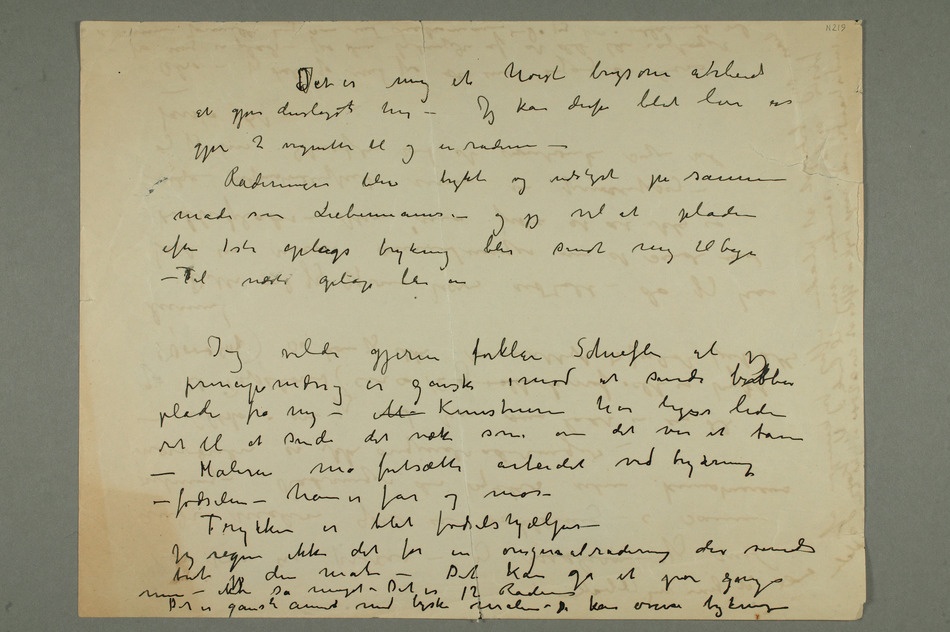
JDet er mig et høist brysomt arbeide
at gjøre denslagst her – Jeg kan derfor blot love at
gjøre 2 vignetter til og en radering
– Raderingen blir trykt og udstyrt på samme
måde som Liebermanns – og jeg vil at pladen
efter 1ste oplags trykning blir sendt mig tilbage
– Til næste oplag blir en
Jeg vilde gjerne forklare Schiefler at
pladen fra mig – M Kunstneren har ligeså liden
ret til at sende det væk som om det
– Maleren må forsætte arbeidet ved trykning
– fødselen – han er far og mor –
Trykkeren er blot fødselshjælper –
Jeg regner ikke det for en originalradering der sendes
bort på den måde – Det kan gå et par gange men –
ikke så meget – Det er